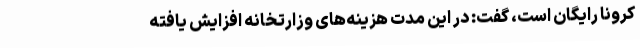
کرونا رایگان است، گفت: در این مدت هزینه‌های وزارتخانه افزایش یافته